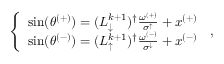
\begin{array} { r } { \left\{ \begin{array} { l l } { \sin ( \theta ^ { ( + ) } ) = ( L _ { \downarrow } ^ { k + 1 } ) ^ { \dagger } \frac { \omega ^ { ( + ) } } { \sigma ^ { \uparrow } } + x ^ { ( + ) } } \\ { \sin ( \theta ^ { ( - ) } ) = ( L _ { \uparrow } ^ { k + 1 } ) ^ { \dagger } \frac { \omega ^ { ( - ) } } { \sigma ^ { \downarrow } } + x ^ { ( - ) } } \end{array} \right. \, , } \end{array}